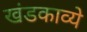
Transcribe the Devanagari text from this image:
खंडकाव्ये